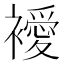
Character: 𧞇